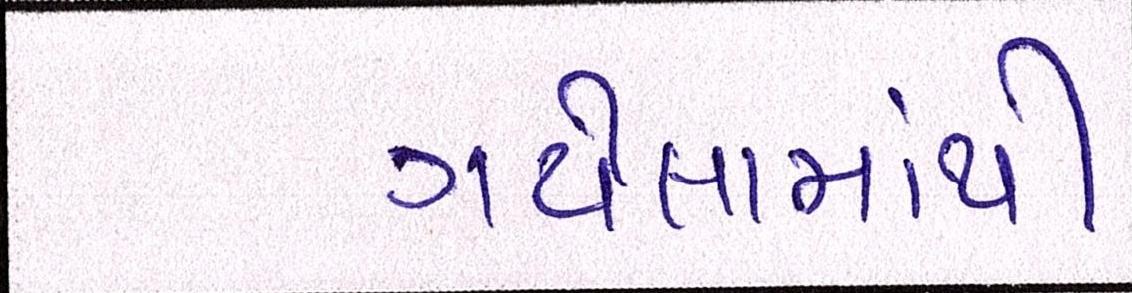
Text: ગયેલામાંથી